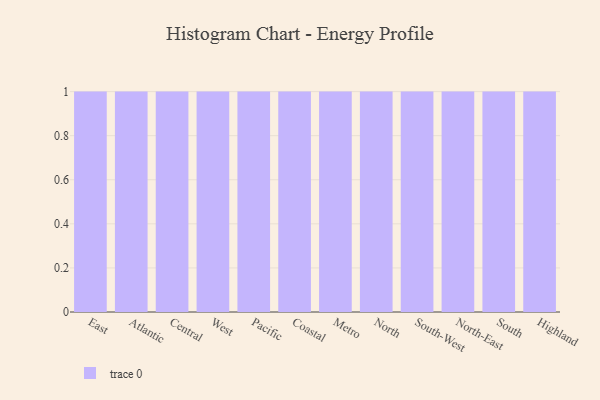
{"axis": {"x": "Region", "y": "Satisfaction Score"}, "legend": [""], "data": [{"x": "East", "y": 16, "type": ""}, {"x": "Atlantic", "y": 60, "type": ""}, {"x": "Central", "y": 47, "type": ""}, {"x": "West", "y": 97, "type": ""}, {"x": "Pacific", "y": 23, "type": ""}, {"x": "Coastal", "y": 42, "type": ""}, {"x": "Metro", "y": 94, "type": ""}, {"x": "North", "y": 92, "type": ""}, {"x": "South-West", "y": 71, "type": ""}, {"x": "North-East", "y": 7, "type": ""}, {"x": "South", "y": 52, "type": ""}, {"x": "Highland", "y": 26, "type": ""}]}